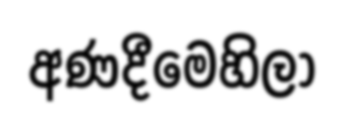
අණදීමෙහිලා